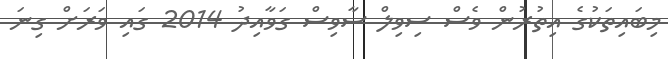
މިބައިތަކުގެ އިތުރުން ވެސް ސިވިލް ސާވިސް ގަވާއިދު 2014 ގައި ވަރަށް ގިނަ